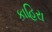
કાહિરા